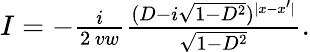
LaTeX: \begin{array}{r}{I=-\frac{i}{2\, vw}\frac{(D-i\sqrt{1-D^{2}})^{|x-x^{\prime}|}}{\sqrt{1-D^{2}}}.}\end{array}